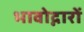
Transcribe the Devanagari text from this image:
भावोद्गारों